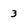
Character: 3